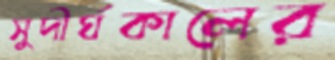
সুদীর্ঘকালের